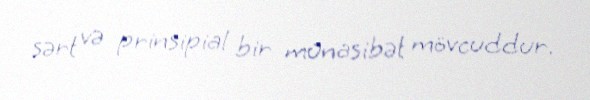
sərt və prinsipial bir münasibət mövcuddur.